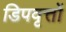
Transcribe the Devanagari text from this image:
डिपवृत्तों